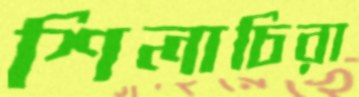
শিলাচিরা